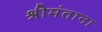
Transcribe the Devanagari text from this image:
श्रीमंताना